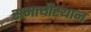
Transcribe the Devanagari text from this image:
समाधीस्थान